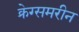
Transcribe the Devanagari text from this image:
क्रेग्समरीन